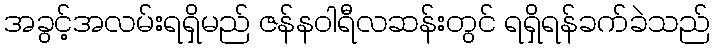
အခွင့်အလမ်းရရှိမည် ဇန်နဝါရီလဆန်းတွင် ရရှိရန်ခက်ခဲသည်